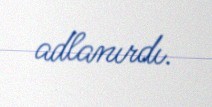
adlanırdı.